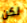
لكن